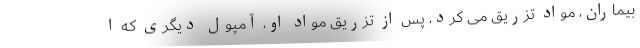
بیماران، مواد تزریق می کرد، پس از تزریق مواد او، آمپول دیگری که ا